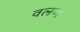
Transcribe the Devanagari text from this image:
वलण